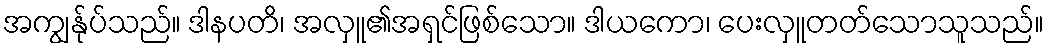
အကျွန်ုပ်သည်။ ဒါနပတိ၊ အလှူ၏အရှင်ဖြစ်သော။ ဒါယကော၊ ပေးလှူတတ်သောသူသည်။